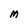
Character: M